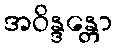
အဝိန္ဒန္တော